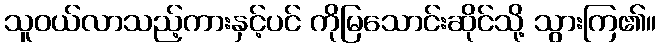
သူဝယ်လာသည့်ကားနှင့်ပင် ကိုမြသောင်းဆိုင်သို့ သွားကြ၏။